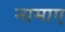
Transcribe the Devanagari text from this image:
नामाए